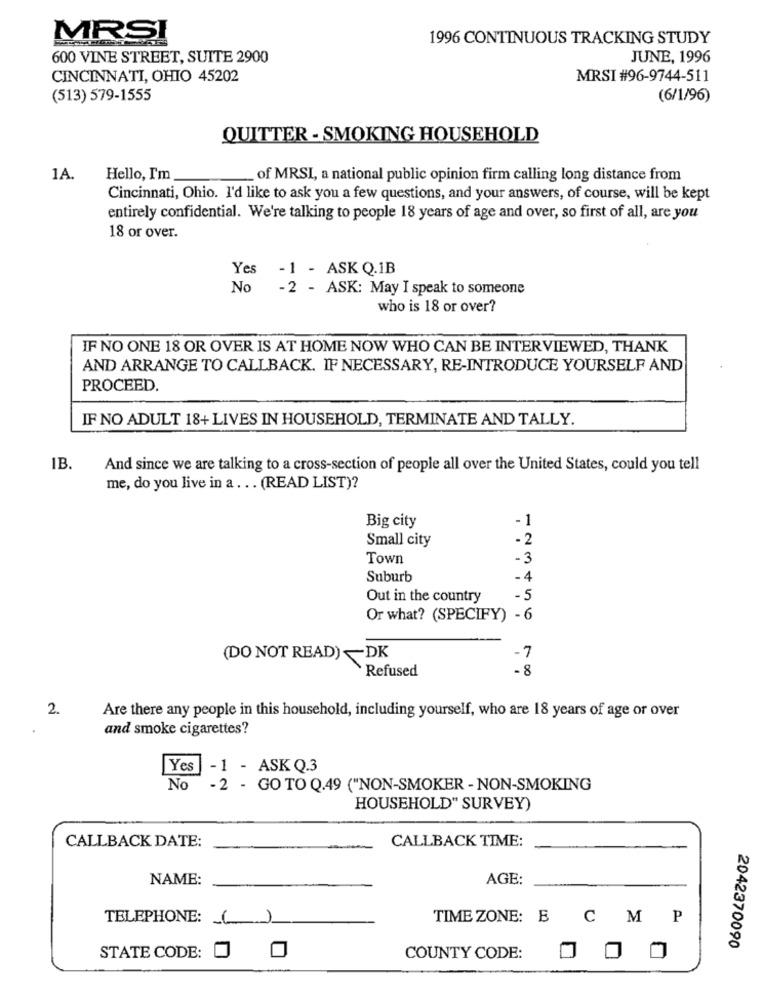
MRSI
1996 CONTINUOUS TRACKING STUDY
600 VINE STREET, SUITE 2900
JUNE, 1996
CINCINNATI, OHIO 45202
MRSI #96-9744-511
(513) 579-1555
(6/1/96)
QUITTER - SMOKING HOUSEHOLD
1A.
Hello, I'm
of MRSI, a national public opinion firm calling long distance from
Cincinnati, Ohio. I'd like to ask you a few questions, and your answers, of course, will be kept
entirely confidential. We're talking to people 18 years of age and over, so first of all, are you
18 or over.
Yes
-1 - ASK Q.1B
No
- 2 - ASK: May I speak to someone
who is 18 or over?
IF NO ONE 18 OR OVER IS AT HOME NOW WHO CAN BE INTERVIEWED, THANK
AND ARRANGE TO CALLBACK. IF NECESSARY, RE-INTRODUCE YOURSELF AND
PROCEED.
IF NO ADULT 18+ LIVES IN HOUSEHOLD, TERMINATE AND TALLY.
IB.
And since we are talking to a cross-section of people all over the United States, could you tell
me, do you live in a .. . (READ LIST)?
- 1
Big city
Small city
- 2
Town
-3
Suburb
-4
Out in the country
- 5
Or what? (SPECIFY) - 6
(DO NOT READ)~DK
-7
`Refused
-8
2.
Are there any people in this household, including yourself, who are 18 years of age or over
and smoke cigarettes?
Yes
-1 - ASK Q.3
No - 2 - GOTO Q.49 ("NON-SMOKER - NON-SMOKING
HOUSEHOLD" SURVEY)
CALLBACK DATE:
CALLBACK TIME:
NAME:
AGE:
TELEPHONE:
)
TIME ZONE: E
CMP
2042370090
STATE CODE:
COUNTY CODE: